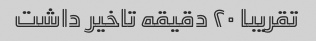
تقریبا ۲۰ دقیقه تاخیر داشت